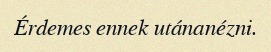
Érdemes ennek utánanézni.